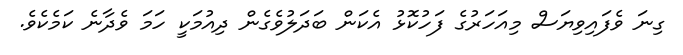
ގިނަ ވެފައިވިޔަސް މިއަހަރުގެ ފަހުކޮޅު އެކަން ބަދަލުވެގެން ދިއުމަކީ ހަމަ ވެދާނެ ކަމެކެވެ.